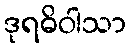
ဒုရဓိဝါသာ